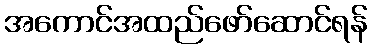
အကောင်အထည်ဖော်ဆောင်ရန်